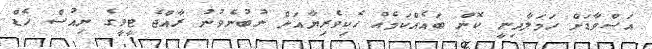
އަސްވާޑަށް ހަމަލާދިނީ ކޮން ބައެއްކަމެއް ހެކިވެރިޔާއަށް ނުބުނެވުނު ރާއްޖެ ޓީވީގެ ނިއުސް ހެޑް